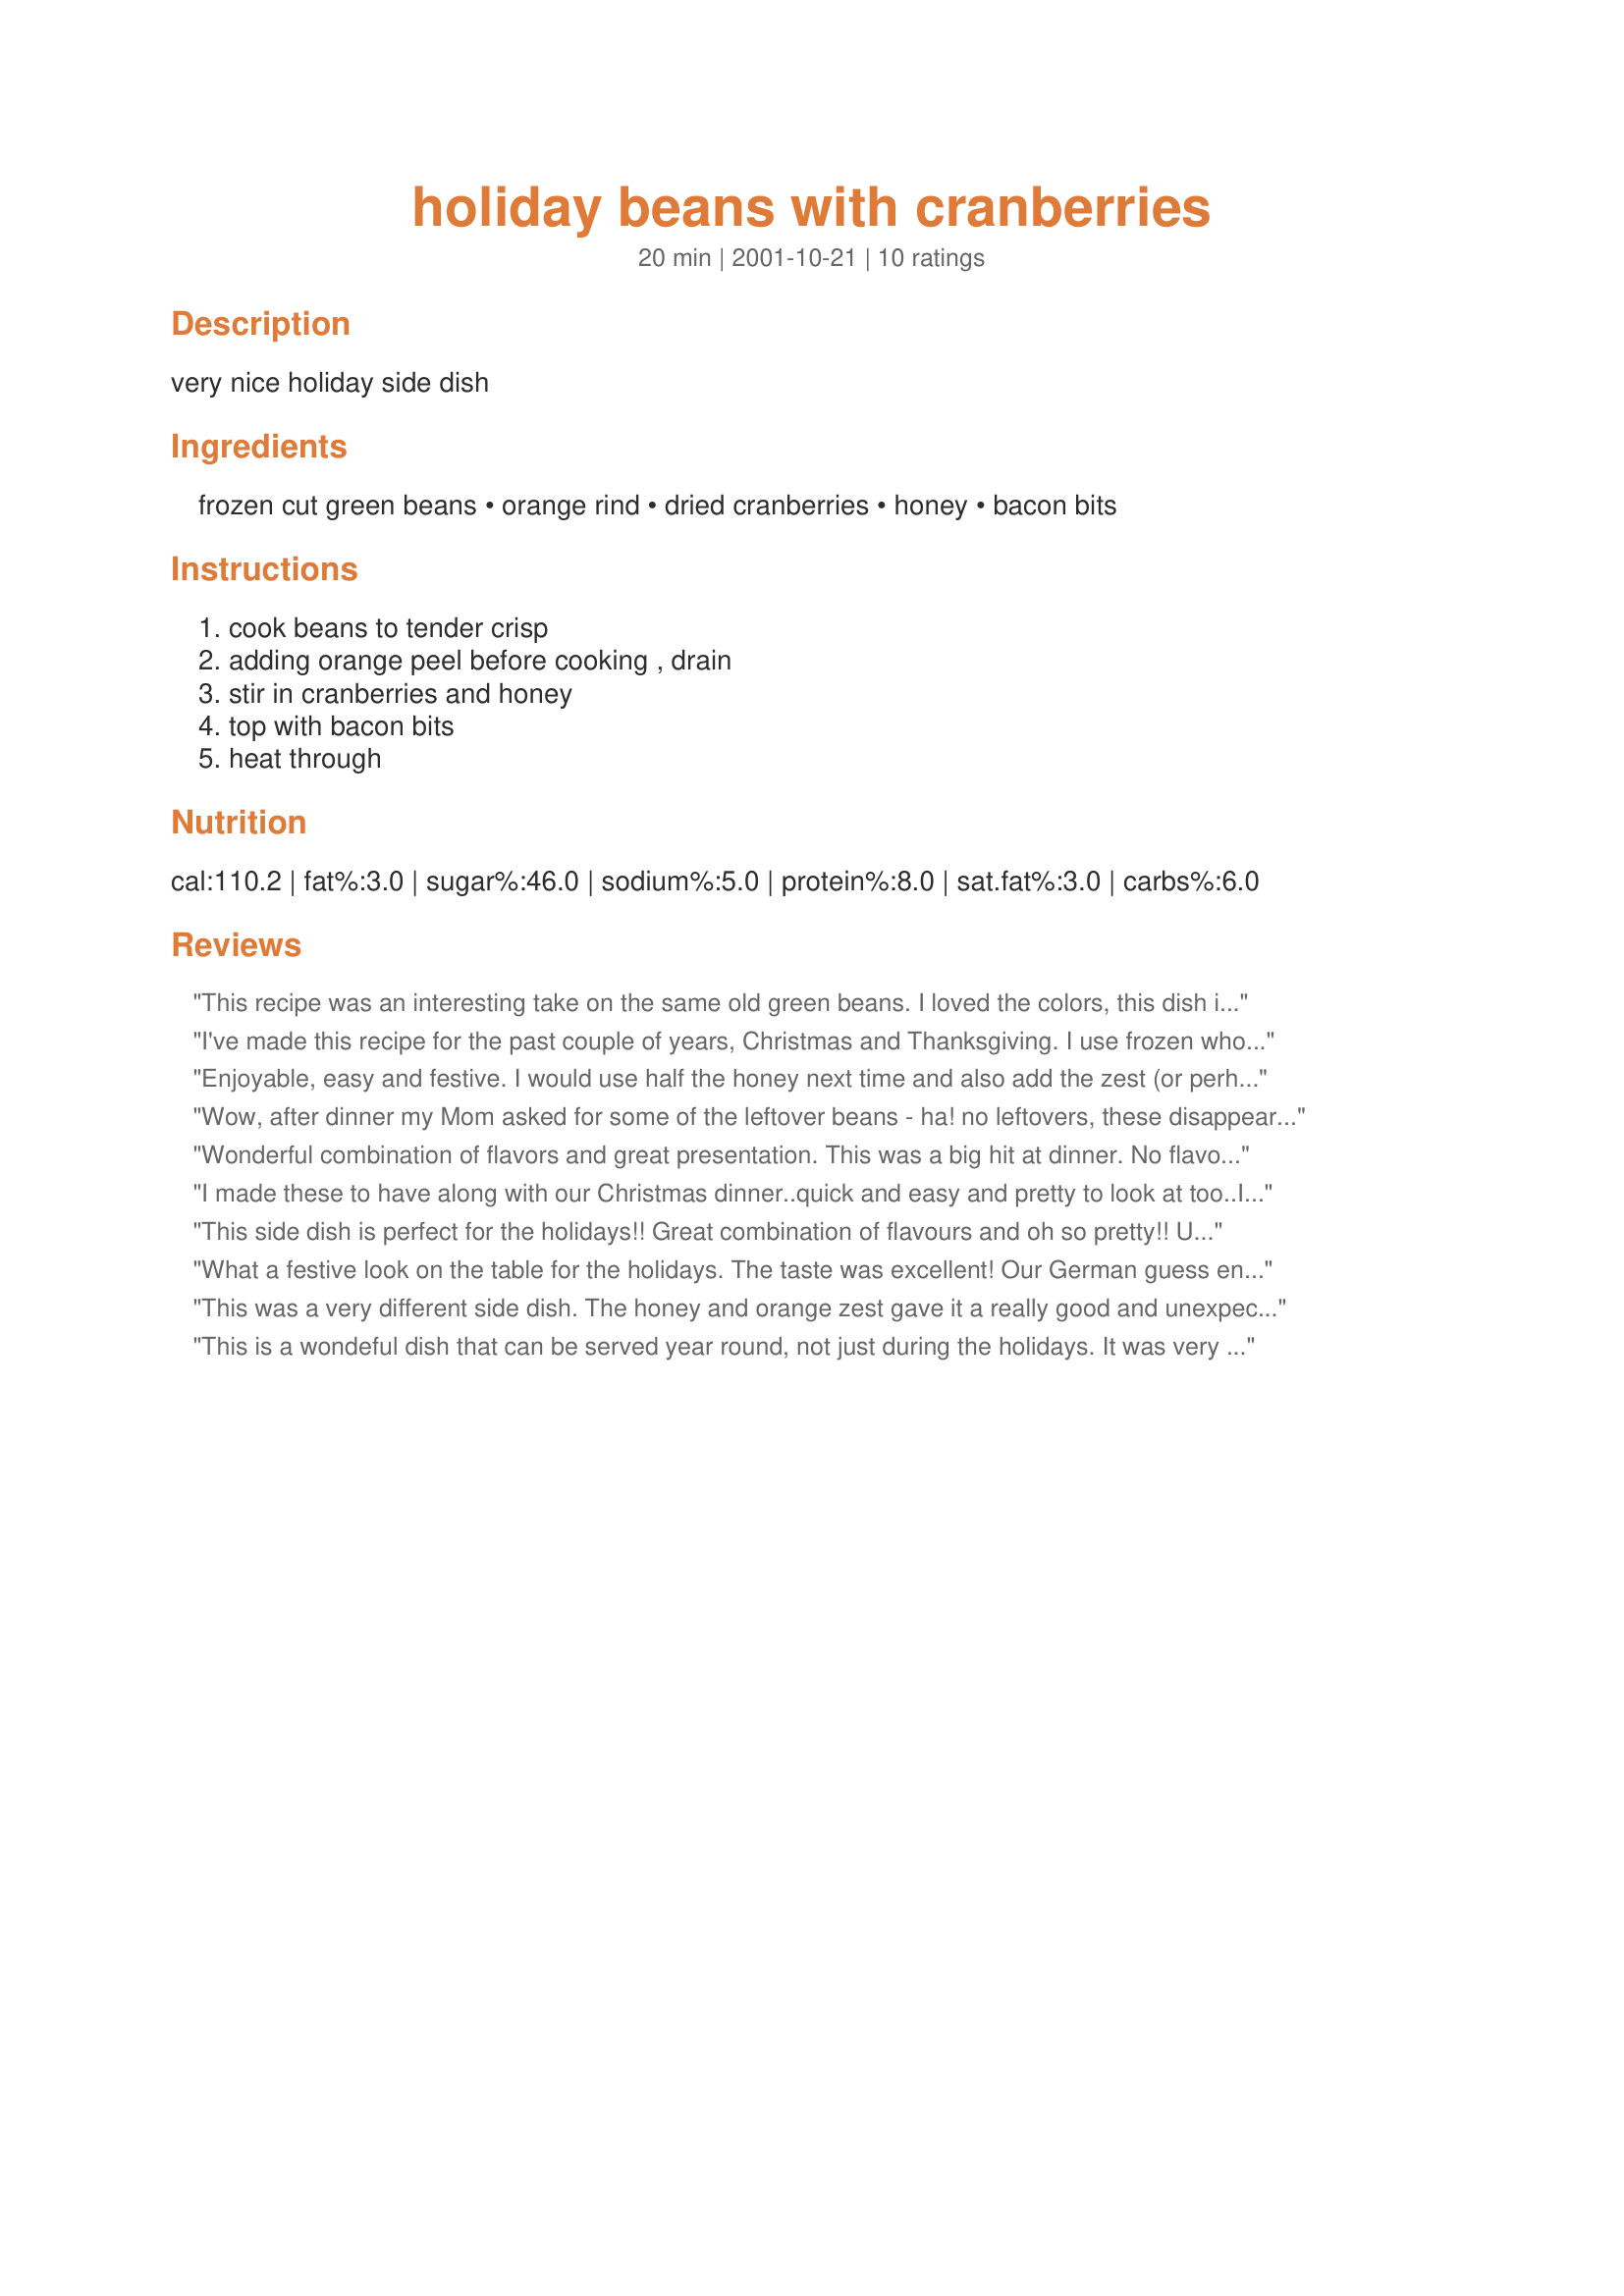
holiday beans with cranberries
Preparation time: 20 minutes

very nice holiday side dish

Ingredients:
frozen cut green beans, orange rind, dried cranberries, honey, bacon bits

Steps:
cook beans to tender crisp, adding orange peel before cooking , drain, stir in cranberries and honey, top with bacon bits, heat through

Reviews:
This recipe was an interesting take on the same old green beans. I loved the colors, this dish is beautiful. I added 3 tbsp of some homemade cranberry sauce to the beans (actually I made Cranberries Grand Marnier, recipe #183251 from this site) and that seemed to work better than the dried cranberries, which ended up falling to the bottom of the dish. I also used fresh, steamed beans as opposed to frozen ones. The result was terrific. The salty bacon bits mixed with the sweet cranberries and the orange kick is a much more interesting way to eat green beans than the way I usually prepare them.
I've made this recipe for the past couple of years, Christmas and Thanksgiving. I use frozen whole green beans and just throw it all in the crockpot and cook it till I need it. The flavors are terrific! Thanks - Derf
Enjoyable, easy and festive. I would use half the honey next time and also add the zest (or perhaps more zest) after draining, as most of it ended up washing off through the colander. Like another reviewer, I also used fresh green beans rather than frozen. I used the dried cranberries this time, which worked out fine for me. I added a bit of butter after they were done, which we enjoyed, although they did taste very good without the butter.
Wow, after dinner my Mom asked for some of the leftover beans - ha! no leftovers, these disappeared, even the ones not wild about green beans ate these. <br/> So easy, so pretty and so good. I did add a touch more orange zest after draining, was cooking at my Mom's and had forgotten the bacon, beans were still great, can%u2019t wait to try with bacon bits the next time I make this recipe which is a total keeper.
Wonderful combination of flavors and great presentation. This was a big hit at dinner. No flavor was overpowering but all worked well together. I used frozen green beans and only cooked them about 1/2 of the recommended time. They still had a little crunch to them. For the bacon bits, I used 4 pieces of crumbled turkey bacon. Thanks.
I made these to have along with our Christmas dinner..quick and easy and pretty to look at too..I used craisins in place of real cranberries.
This side dish is perfect for the holidays!! Great combination of flavours and oh so pretty!! Used some turkey bacon that I cooked in the microwave before and used dried cranberries. Also used fresh green beans. Thanks Derf! :)
What a festive look on the table for the holidays. The taste was excellent! Our German guess enjoyed the cranberries. (There are no cranberries in Germany.)
This was a very different side dish. The honey and orange zest gave it a really good and unexpected taste. I love green beans and this really jazzed them up. Just for the record, I did not use the bacon bits, but it was good anyway.
This is a wondeful dish that can be served year round, not just during the holidays. It was very pretty and tasted great too. I used fresh green beans, and followed the rest of the recipe exactly. The combination of flavors was excellent. I will definitely make this one again!
